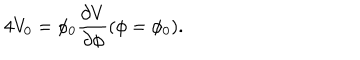
LaTeX: 4 V _ { 0 } = \phi _ { 0 } { \frac { \partial V } { \partial \phi } } ( \phi = \phi _ { 0 } ) .